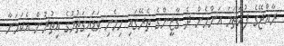
ރާއްޖޭގެ ފުރަތަމަ އަންހެން ދެ ގާޒީންގެ ތެރޭގައި ހިމެނި ވަޑައިގަތުމުގެ އިތުރުން އެކަމަނާ